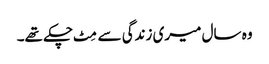
وہ سال میری زندگی سے مِٹ چکے تھے۔